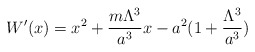
\begin{align*}W^{\prime}(x)=x^2+\frac{m\Lambda^3}{a^3}x-a^2(1+\frac{\Lambda^3}{a^3})\end{align*}